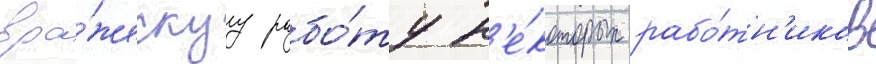
вра́жескуу рабо́ту н'е́которых рабо́тн'иков